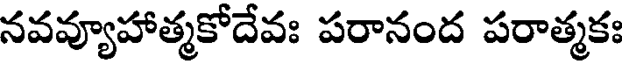
నవవ్యూహాత్మకోదేవః పరానంద పరాత్మకః